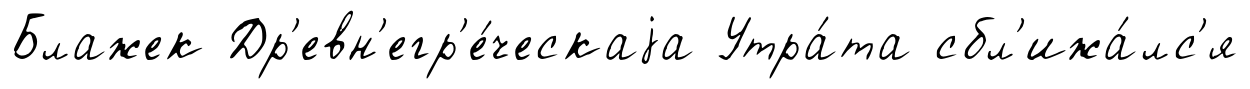
Блажек Др'евн'егр'е́ческаjа Утра́та сбл'ижа́лс'я